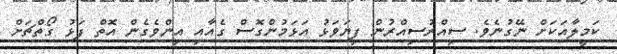
ކަމީލާއަކަށް ނޭގުނެވެ. ސިއްރުސިއްރުން ފިޔަވަޅު އަޅަމުންގޮސް ގެއާއި އިންވެގެން އޮތް ފަޅު ގޯތްޗަށް